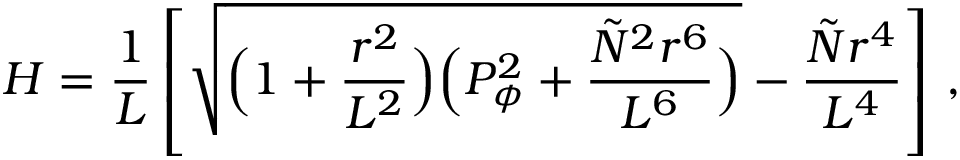
H = \frac { 1 } { L } \left[ \sqrt { \Bigl ( 1 + \frac { r ^ { 2 } } { L ^ { 2 } } \Bigr ) \Bigl ( P _ { \phi } ^ { 2 } + \frac { { \tilde { N } } ^ { 2 } r ^ { 6 } } { L ^ { 6 } } \Bigr ) } - \frac { { \tilde { N } } r ^ { 4 } } { L ^ { 4 } } \right] \, ,